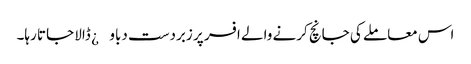
اس معاملے کی جانچ کرنے والے افسر پر زبردست دباو¿ ڈالا جاتا رہا۔